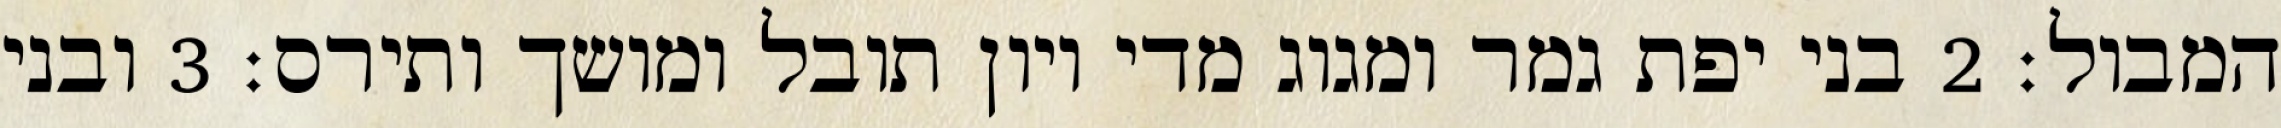
המבול׃ ‎2‏ בני יפת גמר ומגוג מדי ויון תובל ומושך ותירס׃ ‎3‏ ובני